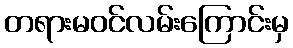
တရားမဝင်လမ်းကြောင်းမှ